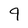
Character: 9